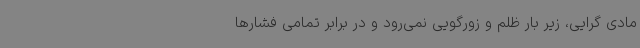
مادی گرایی، زیر بار ظلم و زورگویی نمی‌رود و در برابر تمامی فشارها